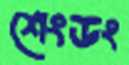
শেংডং